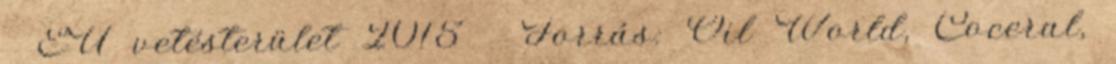
 EU vetésterület 2015  Forrás: Oil World, Coceral,